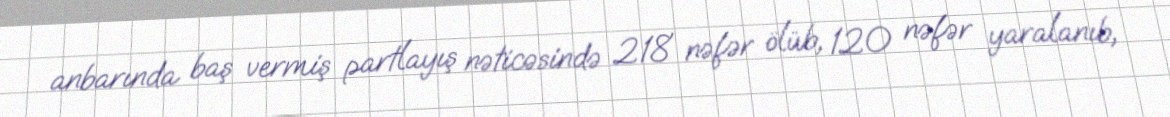
anbarında baş vermiş partlayış nəticəsində 218 nəfər ölüb, 120 nəfər yaralanıb,